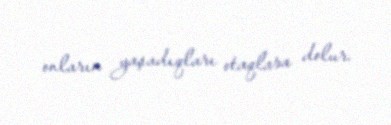
onların yaşadıqları otaqlara dolur.